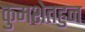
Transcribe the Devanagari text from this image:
कुमशेतहुन